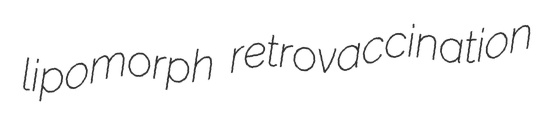
lipomorph retrovaccination